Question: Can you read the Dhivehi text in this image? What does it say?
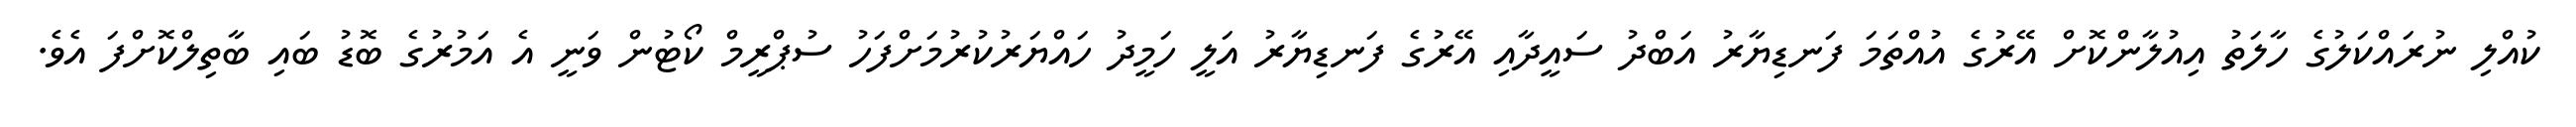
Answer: ކުއްލި ނުރައްކަލުގެ ހާލަތު އިއުލާންކޮށް އޭރުގެ އުއްތަމަ ފަނޑިޔާރު އަބްދު ސައީދާއި އޭރުގެ ފަނޑިޔާރު އަލީ ހަމީދު ހައްޔަރުކުރުމަށްފަހު ސުޕްރީމް ކޯޓުން ވަނީ އެ އަމުރުގެ ބޮޑު ބައި ބާތިލްކޮށްފަ އެވެ.